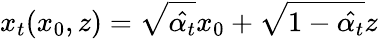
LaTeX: x_{t}(x_{0},z)=\sqrt{\hat{\alpha_{t}}}x_{0}+\sqrt{1-\hat{\alpha_{t}}}z